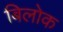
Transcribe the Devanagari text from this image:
बिलोक